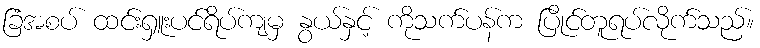
ခြံအစပ် ထင်းရှူးပင်ရိပ်ကျမှ နွယ်နှင့် ကိုသက်ပန်က ပြိုင်တူရပ်လိုက်သည်။